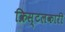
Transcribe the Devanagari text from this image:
क्रिस्टलकारी